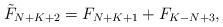
LaTeX: \begin{align*}\tilde{F}_{N+K+2} = F_{N+K+1} + F_{K-N+3},\end{align*}